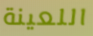
اللعينة